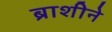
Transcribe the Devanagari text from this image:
ब्राशीने